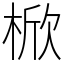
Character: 𣔙